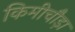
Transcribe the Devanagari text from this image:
किमीचौड़ा